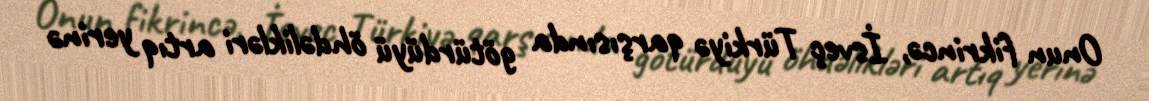
Onun fikrincə, İsveç Türkiyə qarşısında götürdüyü öhdəlikləri artıq yerinə